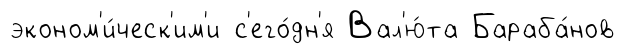
эконом'и́ческ'им'и с'его́дн'я Вал'ю́та Бараба́нов